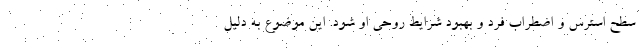
سطح استرس و اضطراب فرد و بهبود شرایط روحی او شود. این موضوع به دلیل